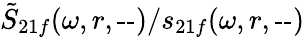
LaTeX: \tilde{S}_{21f}(\omega,r,\textrm{--})/s_{21f}(\omega,r,\textrm{--})